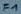
Text: F1